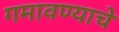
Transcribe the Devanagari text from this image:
गमावण्याचे